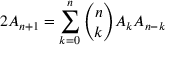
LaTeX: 2 A _ { n + 1 } = \sum _ { k = 0 } ^ { n } { \binom { n } { k } } A _ { k } A _ { n - k }